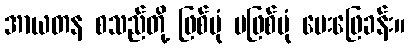
အာယတန စသည်တို့ ဖြစ်ပုံ မဖြစ်ပုံ မေးဖြေခန်း။